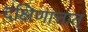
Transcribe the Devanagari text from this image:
दक्षिणात्तात्